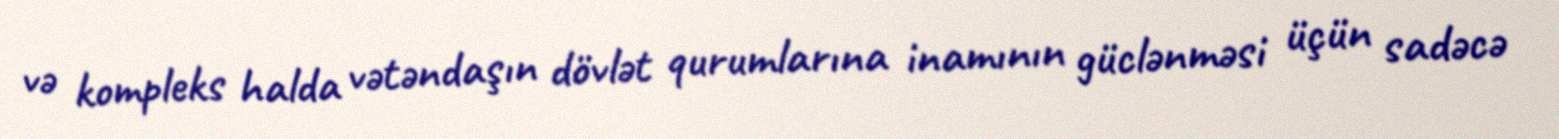
və kompleks halda vətəndaşın dövlət qurumlarına inamının güclənməsi üçün sadəcə